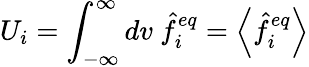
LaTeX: U_{i}=\int_{-\infty}^{\infty}dv\ \hat{f}_{i}^{eq}=\left\langle\hat{f}_{i}^{eq}\right\rangle